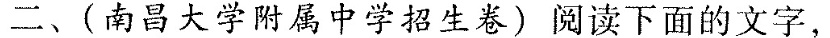
二、(南昌大学附属中学招生卷〕阅读下面的文字，